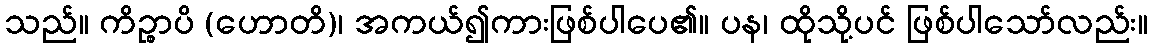
သည်။ ကိဉ္စာပိ (ဟောတိ)၊ အကယ်၍ကားဖြစ်ပါပေ၏။ ပန၊ ထိုသို့ပင် ဖြစ်ပါသော်လည်း။